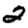
Digit: 2